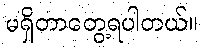
မရှိတာတွေ့ရပါတယ်။